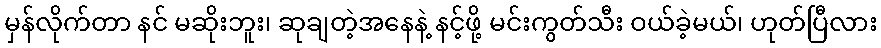
မှန်လိုက်တာ နင် မဆိုးဘူး၊ ဆုချတဲ့အနေနဲ့ နင့်ဖို့ မင်းကွတ်သီး ဝယ်ခဲ့မယ်၊ ဟုတ်ပြီလား